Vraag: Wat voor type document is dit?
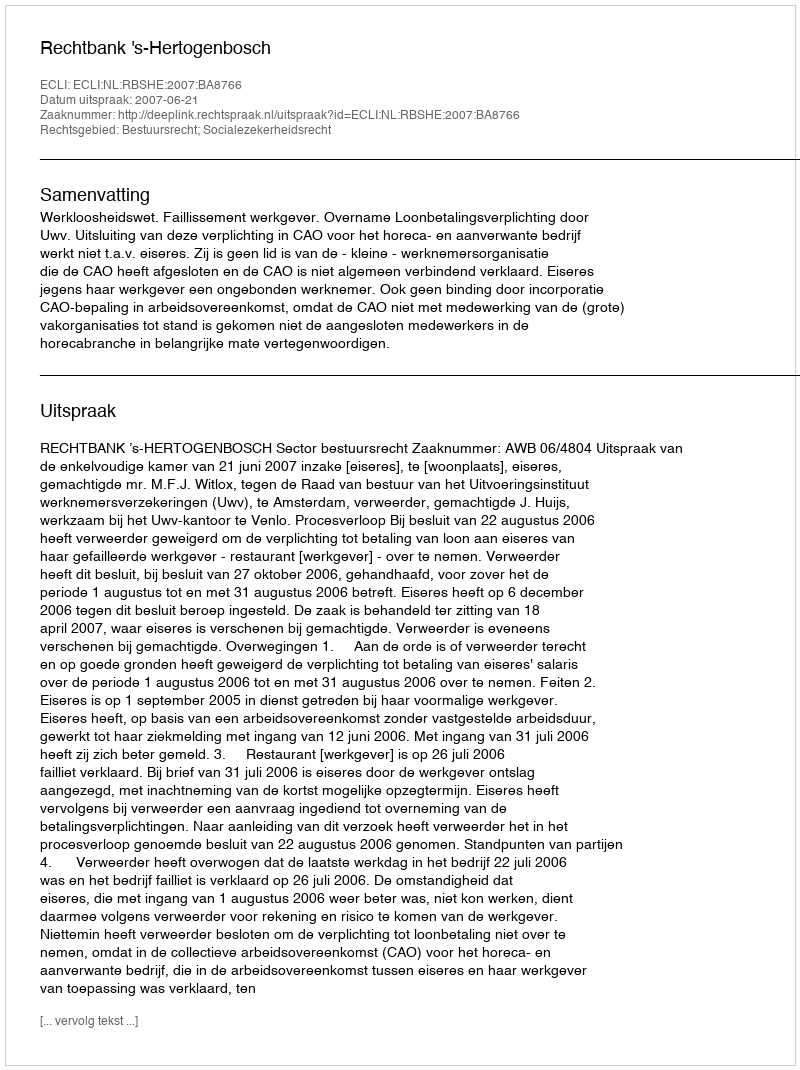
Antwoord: Uitspraak